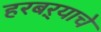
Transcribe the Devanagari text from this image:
हरबऱ्याचे